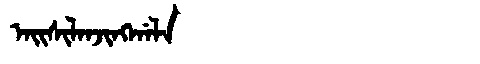
Manchu: ᠠᡳᠰᡳᠯᠠᠨᠵᡳᠩᡤᠠᠯᠠ
Romanization: AISILANJINGGALA